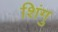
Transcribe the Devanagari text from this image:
शिंगु